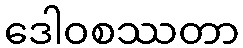
ဒေါဝစဿတာ